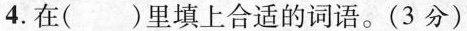
4.在( )里填上合适的词语。(3分)